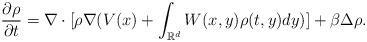
LaTeX: \begin{align*}\frac{\partial \rho}{\partial t}=\nabla\cdot[\rho \nabla (V(x)+ \int_{\mathbb{R}^d}W(x,y)\rho(t,y)dy)]+\beta \Delta \rho.\end{align*}